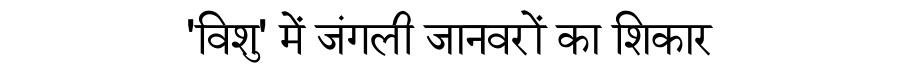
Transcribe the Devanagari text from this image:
'विशु' में जंगली जानवरों का शिकार